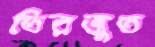
তিরজুত